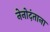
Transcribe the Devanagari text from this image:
नेनोदंताना